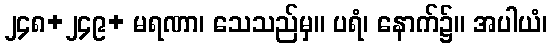
၂၄၈+၂၄၉+ မရဏာ၊ သေသည်မှ။ ပရံ၊ နောက်၌။ အပါယံ၊